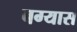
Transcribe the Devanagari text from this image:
बग्यास